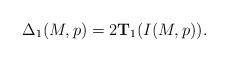
LaTeX: \begin{align*}\Delta_1(M,p)=2{\bf T}_1(I(M,p)).\end{align*}